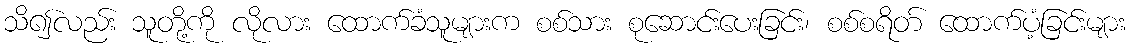
သိ၍လည်း သူတို့ကို လိုလား ထောက်ခံသူများက စစ်သား စုဆောင်းပေးခြင်း၊ စစ်စရိတ် ထောက်ပံ့ခြင်းများ